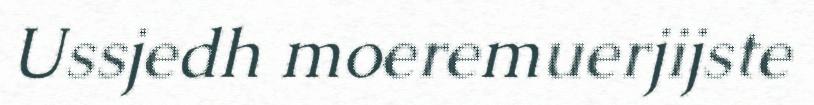
Ussjedh moeremuerjijste